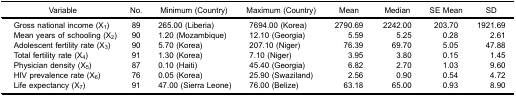
| Variable | No. | Minimum (Country) | Maximum (Country) | Mean | Median | SE Mean | SD |
 | --- | --- | --- | --- | --- | --- | --- | --- |
 | Gross national income (X1) | 89 | 265.00 (Liberia) | 7694.00 (Korea) | 2790.69 | 2242.00 | 203.70 | 1921.69 |
 | Mean years of schooling (X2) | 90 | 1.20 (Mozambique) | 12.10 (Georgia) | 5.59 | 5.25 | 0.28 | 2.61 |
 | Adolescent fertility rate (X3) | 90 | 5.70 (Korea) | 207.10 (Niger) | 76.39 | 69.70 | 5.05 | 47.88 |
 | Total fertility rate (X4) | 91 | 1.30 (Korea) | 7.10 (Niger) | 3.95 | 3.80 | 0.15 | 1.45 |
 | Physician density (X5) | 87 | 0.10 (Haiti) | 45.40 (Georgia) | 6.82 | 2.70 | 1.03 | 9.60 |
 | HIV prevalence rate (X6) | 76 | 0.05 (Korea) | 25.90 (Swaziland) | 2.56 | 0.90 | 0.54 | 4.72 |
 | Life expectancy (X7) | 91 | 47.00 (Sierra Leone) | 76.00 (Belize) | 63.18 | 65.00 | 0.93 | 8.90 |